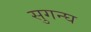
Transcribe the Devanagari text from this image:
सुगन्घ